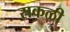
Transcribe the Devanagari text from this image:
सकळी